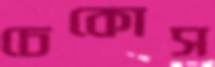
চেকোস